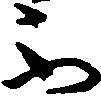
不